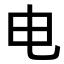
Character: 电